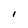
Character: l